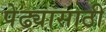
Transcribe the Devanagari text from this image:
पेढ्यासाठी